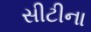
સીટીના